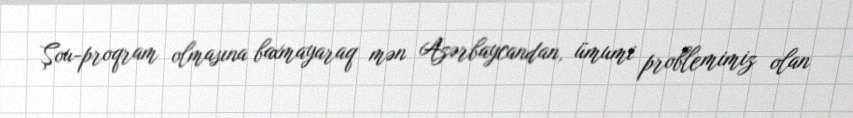
Şou-proqram olmasına baxmayaraq mən Azərbaycandan, ümumi problemimiz olan